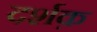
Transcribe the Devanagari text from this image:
दर्शक़